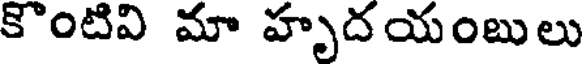
కొంటివి మా హృదయంబులు